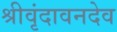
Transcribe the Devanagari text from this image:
श्रीवृंदावनदेव